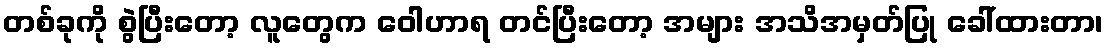
တစ်ခုကို စွဲပြီးတော့ လူတွေက ဝေါဟာရ တင်ပြီးတော့ အများ အသိအမှတ်ပြု ခေါ်ထားတာ၊